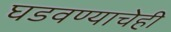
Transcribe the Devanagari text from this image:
घडवण्याचेही